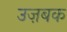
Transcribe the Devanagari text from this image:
उज़बक